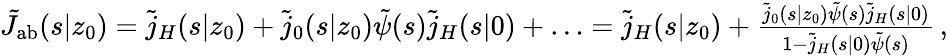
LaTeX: \begin{array}{r}{\tilde{J}_{\mathrm{{ab}}}(s|z_{0})=\tilde{j}_{H}(s|z_{0})+\tilde{j}_{0}(s|z_{0})\tilde{\psi}(s)\tilde{j}_{H}(s|0)+\ldots=\tilde{j}_{H}(s|z_{0})+\frac{\tilde{j}_{0}(s|z_{0})\tilde{\psi}(s)\tilde{j}_{H}(s|0)}{1-\tilde{j}_{H}(s|0)\tilde{\psi}(s)}\, ,}\end{array}